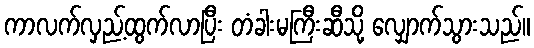
ကာလက်လှည့်ထွက်လာပြီး တံခါးမကြီးဆီသို့ လျှောက်သွားသည်။